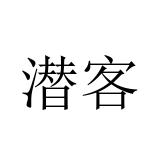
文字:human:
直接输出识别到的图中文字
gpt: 潜客